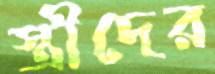
স্ত্রীদের